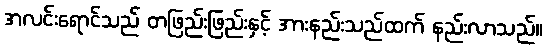
အလင်းရောင်သည် တဖြည်းဖြည်းနှင့် အားနည်းသည်ထက် နည်းလာသည်။